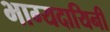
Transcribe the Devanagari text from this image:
भाग्यदायिनी